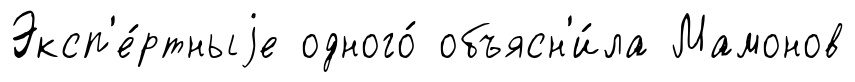
Эксп'е́ртныjе одного́ объясн'и́ла Мамонов